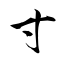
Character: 寸